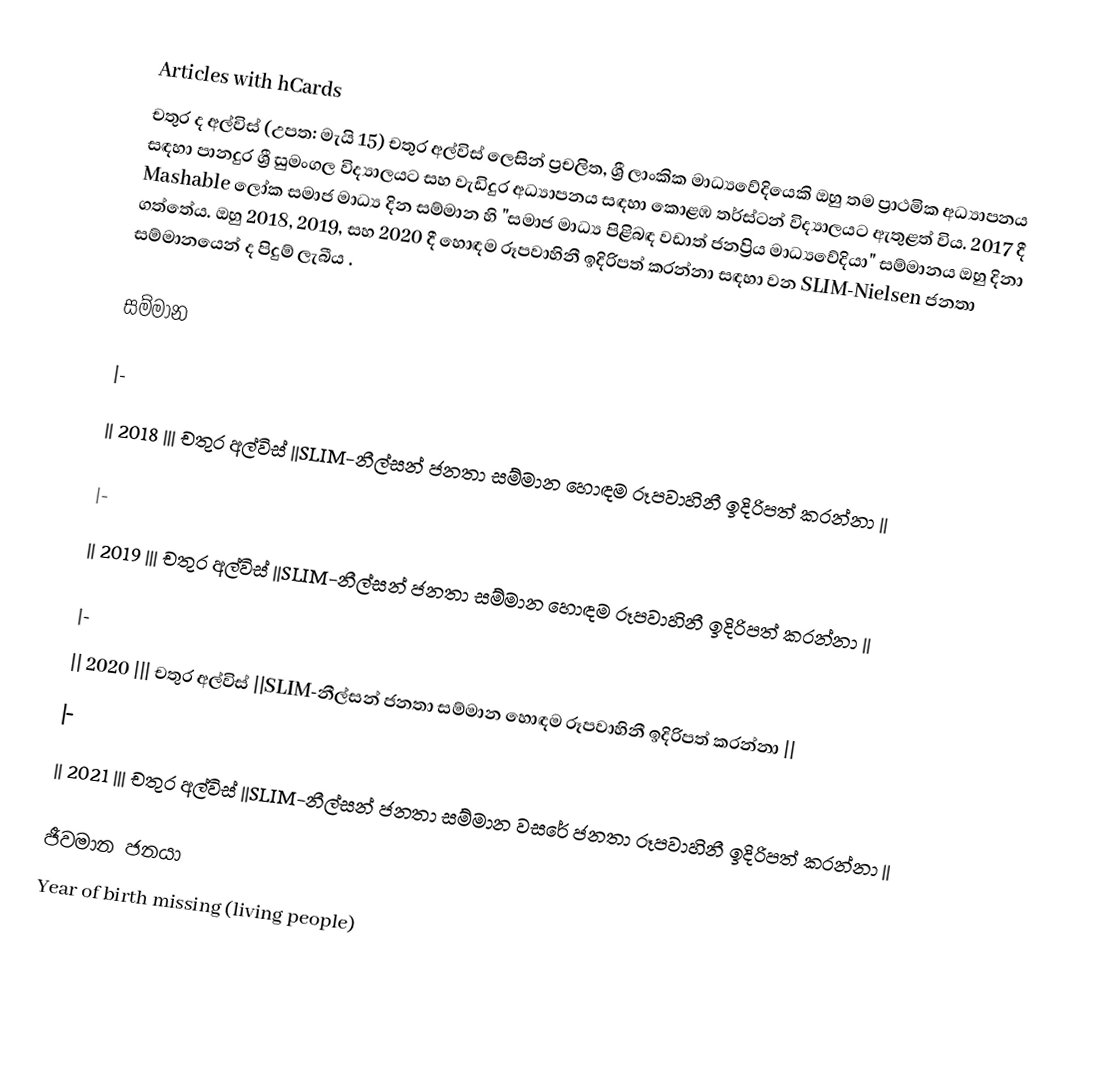
Articles with hCards
චතුර ද අල්විස් (උපත: මැයි 15) චතුර අල්විස් ලෙසින් ප්‍රචලිත, ශ්‍රී ලාංකික මාධ්‍යවේදියෙකි    ඔහු තම ප්‍රාථමික අධ්‍යාපනය සඳහා පානදුර ශ්‍රී සුමංගල විද්‍යාලයට සහ වැඩිදුර අධ්‍යාපනය සඳහා කොළඹ තර්ස්ටන් විද්‍යාලයට ඇතුළත් විය. 2017 දී Mashable ලෝක සමාජ මාධ්‍ය දින සම්මාන හි "සමාජ මාධ්‍ය පිළිබඳ වඩාත් ජනප්‍රිය මාධ්‍යවේදියා" සම්මානය ඔහු දිනා ගත්තේය. ඔහු 2018, 2019, සහ 2020 දී හොඳම රූපවාහිනී ඉදිරිපත් කරන්නා සඳහා වන SLIM-Nielsen ජනතා සම්මානයෙන් ද පිදුම් ලැබීය      .

සම්මාන

|-
|| 2018 ||| චතුර අල්විස් ||SLIM-නීල්සන් ජනතා සම්මාන හොඳම රූපවාහිනී ඉදිරිපත් කරන්නා ||

|-
|| 2019 ||| චතුර අල්විස් ||SLIM-නීල්සන් ජනතා සම්මාන හොඳම රූපවාහිනී ඉදිරිපත් කරන්නා ||

|-
|| 2020 ||| චතුර අල්විස් ||SLIM-නීල්සන් ජනතා සම්මාන හොඳම රූපවාහිනී ඉදිරිපත් කරන්නා ||
|-
|| 2021 ||| චතුර අල්විස් ||SLIM-නීල්සන් ජනතා සම්මාන වසරේ ජනතා රූපවාහිනී ඉදිරිපත් කරන්නා ||

ජීවමාන ජනයා
Year of birth missing (living people)